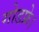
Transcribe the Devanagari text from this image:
गोडफ्रे।